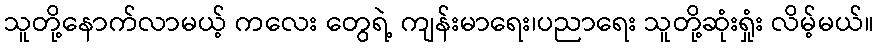
သူတို့နောက်လာမယ့် ကလေး တွေရဲ့ ကျန်းမာရေး၊ပညာရေး သူတို့ဆုံးရှုံး လိမ့်မယ်။